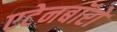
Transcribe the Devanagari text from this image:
एटेनबॉरो